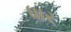
ધાર